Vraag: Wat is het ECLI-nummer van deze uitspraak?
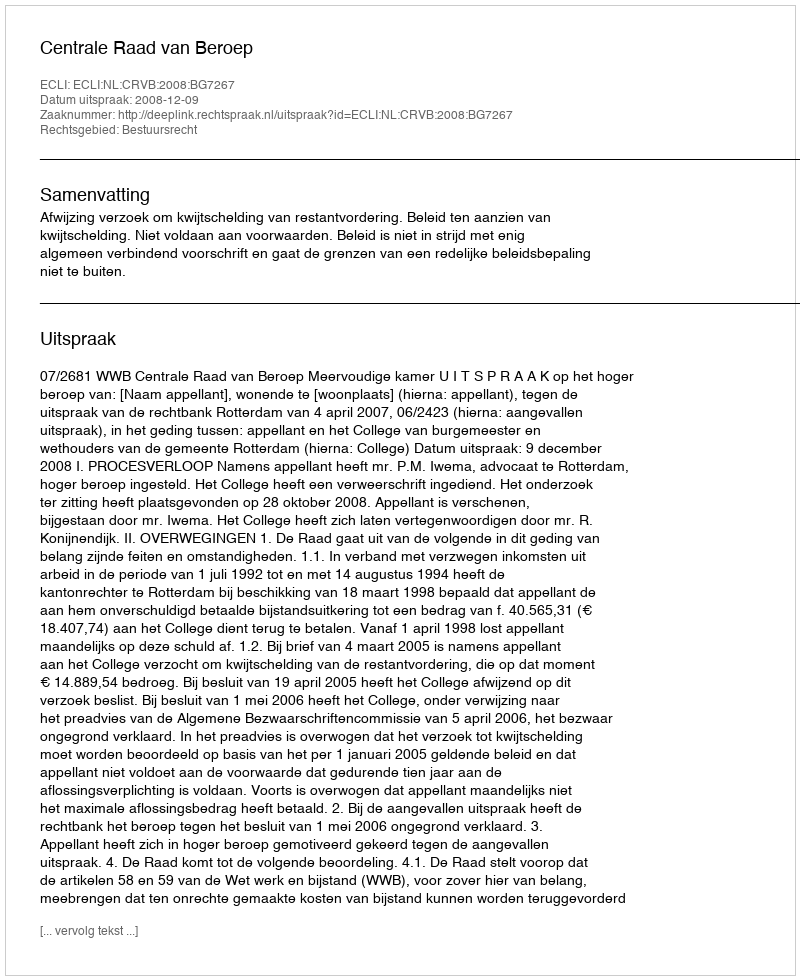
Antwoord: ECLI:NL:CRVB:2008:BG7267